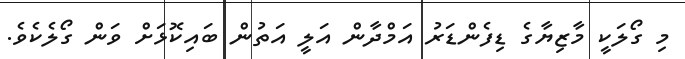
މި ގޯލަކީ މާޒިޔާގެ ޑިފެންޑަރު އަމްދާން އަލީ އަތުން ބައިކޮޅަށް ވަން ގޯލެކެވެ.